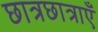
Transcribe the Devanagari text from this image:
छात्रछात्राएँ